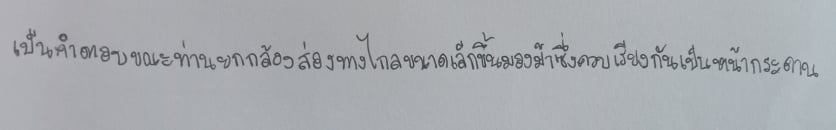
เป็นคำตอบขณะท่านยกกล้องส่องทางไกลขนาดเล็กขึ้นมองม้าซึ่งควบเรียงกันเป็นหน้ากระดาน